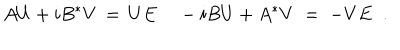
LaTeX: A U + i B ^ { * } V \, = \, U E \; - i B U + A ^ { * } V \; = \; - V E \; \; .